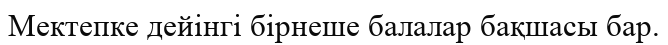
Мектепке дейінгі бірнеше балалар бақшасы бар.